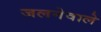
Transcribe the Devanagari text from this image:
जलनेवाले